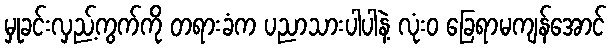
မှုခင်းလှည့်ကွက်ကို တရားခံက ပညာသားပါပါနဲ့ လုံးဝ ခြေရာမကျန်အောင်